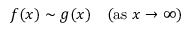
f ( x ) \sim g ( x ) \quad ( { \mathrm { a s ~ } } x \to \infty )